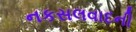
નકસલવાદની